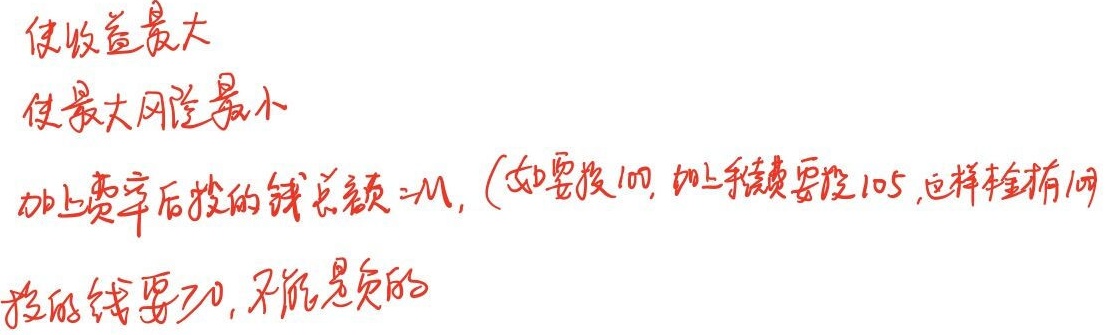
使收益最大，使最大风险最小，加上费率后投的钱总额 = \(M\)，(如要投100，加上续费要投105，这样押金有100，投的钱要≥0，不能是负的)